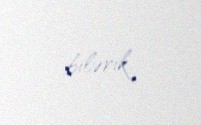
bilərik.